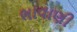
ભાવાણી